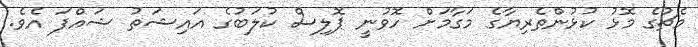
މެޗުގެ މޮޅު ކުޅުންތެރިޔާގެ މަގާމަށް ހޮވުނީ ޕޮލިސް ކުލަބުގެ އައިޝަތު ޝައްފަ އެވެ.